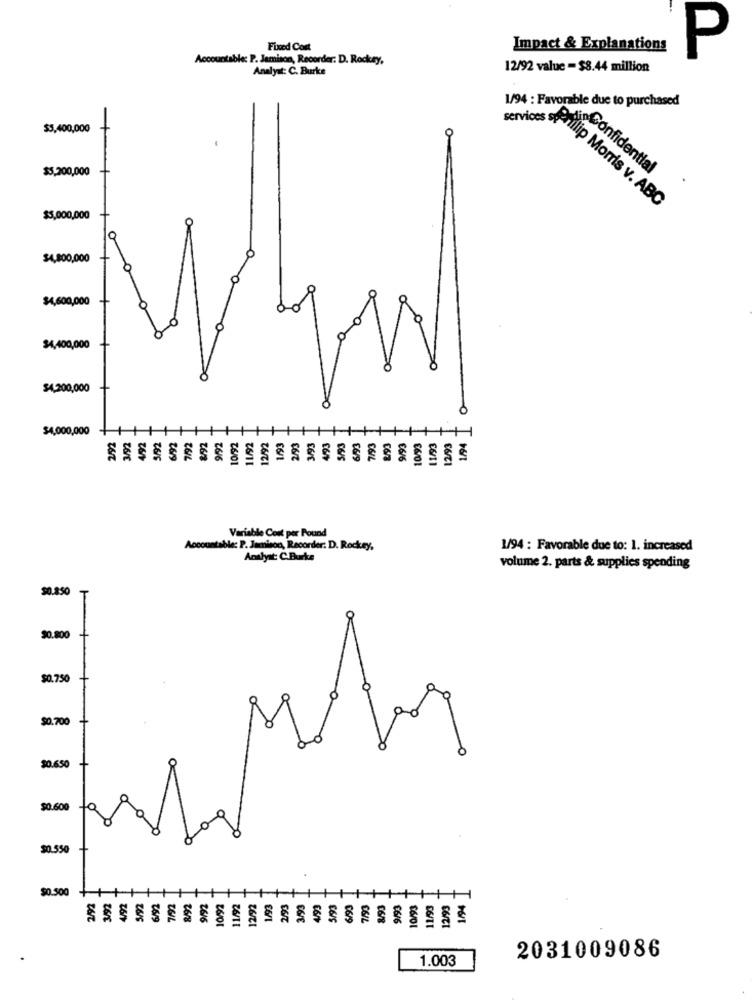
Fixed Cost
Impact & Explanations
Accountable: P. Jamison, Recorder: D. Rockey,
P
Analyst: C. Burke
12/92 value = $8.44 million
1/94 : Favorable due to purchased
services sp
$3,400,000
$5,200,000
Confidential
Philip Morris v. ABC
$5,000,000
$4,800,000
$4,600,000
$4,400,000
$4,200,000
$4,000,000
12/92
H
26/5
26/9
26/6
26/8
Z616
26/1
€6/01
E6/11
Variable Cont per Pound
Accountable: P. Jamison, Recorder: D. Rockey,
1/94 : Favorable due to: 1. increased
Analyst: C.Burke
volume 2. parts & supplies spending
$0.850
$0.800
$0.750
$0.700
30.650
$0.600
to
$0.550
$0.500
26/8
2616
26/01
26/21
06/
6/5
06/9
SG/L
€6/6
2031009086
1.003